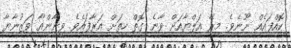
ކޮއްފައެއް ނޫނެވެ. މިރޭ އަލްޔާއަށް ވާނެ ގޮތް ހިތަށް އަރާފައެވެ. ވިނާންއާ ވަޒުނާޔާ